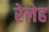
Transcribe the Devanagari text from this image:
रेलेह